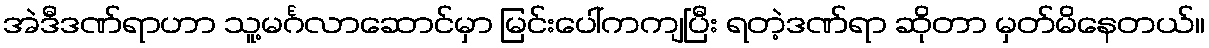
အဲဒီဒဏ်ရာဟာ သူ့မင်္ဂလာဆောင်မှာ မြင်းပေါ်ကကျပြီး ရတဲ့ဒဏ်ရာ ဆိုတာ မှတ်မိနေတယ်။